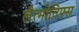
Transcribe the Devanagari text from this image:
लैत्मोतिफ्स